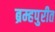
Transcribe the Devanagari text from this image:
ब्रम्हपुरीत